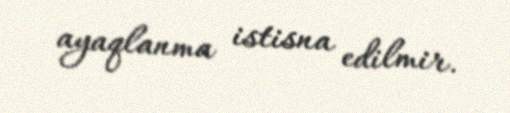
ayaqlanma istisna edilmir.